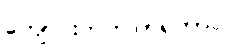
ကျောင်းတက်ကြရတာပါ။